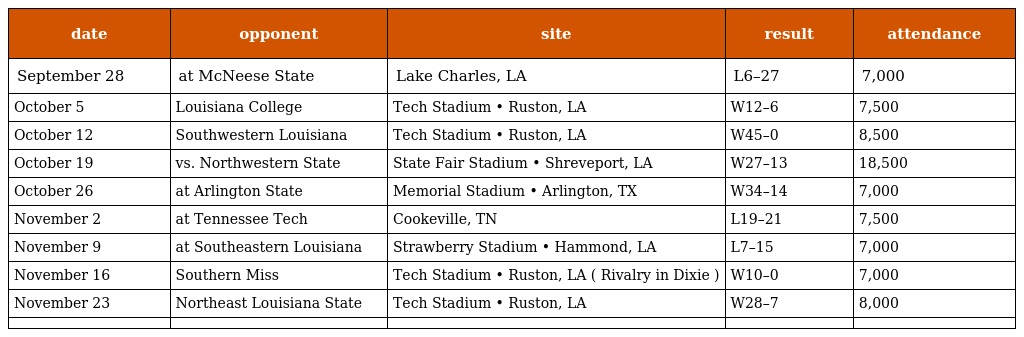
| date | opponent | site | result | attendance |
 | --- | --- | --- | --- | --- |
 | September 28 | at McNeese State | Lake Charles, LA | L6–27 | 7,000 |
 | October 5 | Louisiana College | Tech Stadium • Ruston, LA | W12–6 | 7,500 |
 | October 12 | Southwestern Louisiana | Tech Stadium • Ruston, LA | W45–0 | 8,500 |
 | October 19 | vs. Northwestern State | State Fair Stadium • Shreveport, LA | W27–13 | 18,500 |
 | October 26 | at Arlington State | Memorial Stadium • Arlington, TX | W34–14 | 7,000 |
 | November 2 | at Tennessee Tech | Cookeville, TN | L19–21 | 7,500 |
 | November 9 | at Southeastern Louisiana | Strawberry Stadium • Hammond, LA | L7–15 | 7,000 |
 | November 16 | Southern Miss | Tech Stadium • Ruston, LA ( Rivalry in Dixie ) | W10–0 | 7,000 |
 | November 23 | Northeast Louisiana State | Tech Stadium • Ruston, LA | W28–7 | 8,000 |
 |  |  |  |  |  |